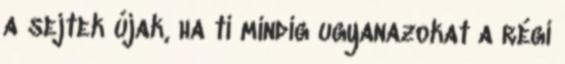
a sejtek újak, ha ti mindig ugyanazokat a régi